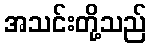
အသင်းတို့သည်